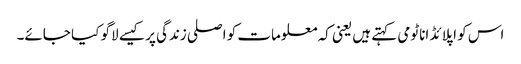
اس کو اپلائڈ اناٹومی کہتے ہیں یعنی کہ معلومات کو اصلی زندگی پر کیسے لاگو کیا جائے۔